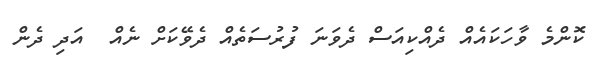
ކޮންމެ ވާހަކައެއް ދެއްކިއަސް ދެވަނަ ފުރުސަތެއް ދެވޭކަށް ނެއް  އަދި ދެން